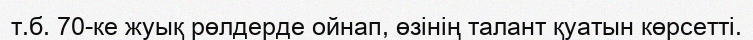
т.б. 70-ке жуық рөлдерде ойнап, өзінің талант қуатын көрсетті.